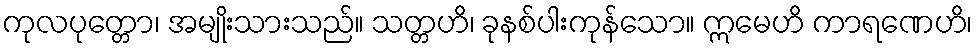
ကုလပုတ္တော၊ အမျိုးသားသည်။ သတ္တဟိ၊ ခုနစ်ပါးကုန်သော။ ဣမေဟိ ကာရဏေဟိ၊